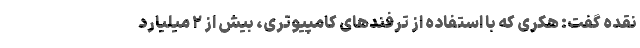
نقده گفت: هکری که با استفاده از ترفندهای کامپیوتری، بیش از ۲ میلیارد